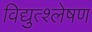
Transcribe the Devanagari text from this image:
विद्युत्श्लेषण